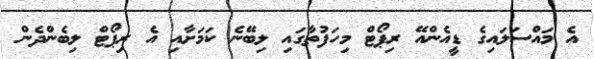
އެ މައްސަލައިގެ ޑީއެންއޭ ރިޕޯޓް މިހަފުތާގައި ލިބޭނެ ކަމަށާއި އެ ރިޕޯޓް ލިބެންދެން